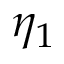
\eta _ { 1 }